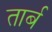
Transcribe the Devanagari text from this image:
तार्ब